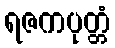
ရဇကပုတ္တံ